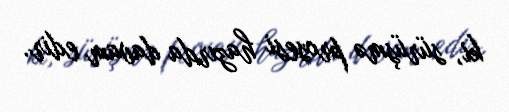
ki, sürüşmə prosesi hazırda davam edir.